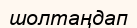
шолтаңдап